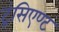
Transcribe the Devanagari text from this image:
ट्रंसिएण्ट